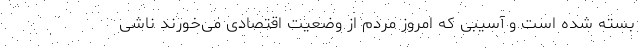
بسته شده است و آسیبی که امروز مردم از وضعیت اقتصادی می‌خورند ناشی